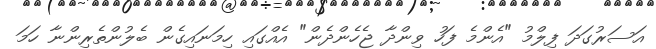
އަސަރުގަދަ ފިލްމު "އެންމެ ފަހު ވިންދާ ޖެހެންދެން" އެއްގައި ހިމަނައިގެން ބެލުންތެރިންނާ ހަމަ